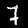
Digit: 7